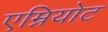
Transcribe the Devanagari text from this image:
एम्नियोट